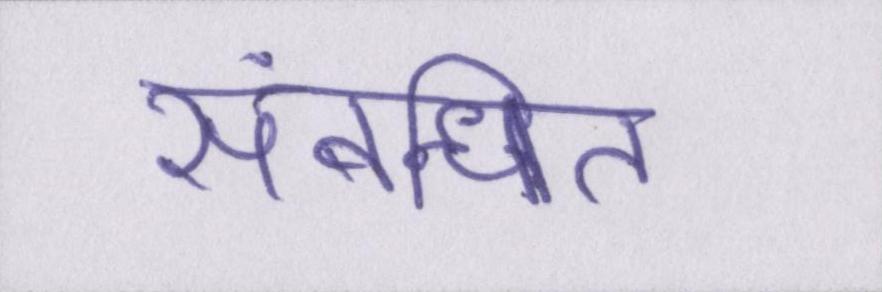
संबन्धित